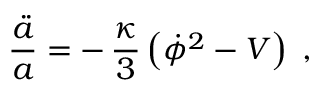
\frac { \ddot { a } } { a } = - \, \frac { \kappa } { 3 } \left( { \dot { \phi } } ^ { 2 } - V \right) \; ,